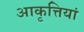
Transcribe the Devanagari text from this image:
आकृत्तियां